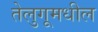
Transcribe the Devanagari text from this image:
तेलुगूमधील